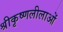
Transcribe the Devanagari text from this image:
श्रीकृष्णलीलाओं